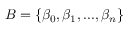
B = \{ \beta _ { 0 } , \beta _ { 1 } , . . . , \beta _ { n } \}